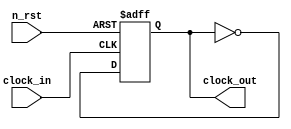
// 
`ifndef DIVIDER_V
`define DIVIDER_V
`default_nettype none

module divider (
    input  wire clock_in,
    input  wire n_rst,
    output reg  clock_out
);
    always @(posedge clock_in or negedge n_rst) begin
        if (!n_rst) begin
            clock_out <= 1'b0;
        end else begin
            clock_out <= !clock_out;
        end
    end
endmodule
`endif